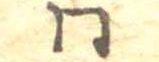
同